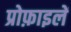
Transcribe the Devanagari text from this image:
प्रोफ़ाइलें